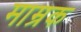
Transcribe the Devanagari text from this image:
माम्रक